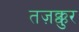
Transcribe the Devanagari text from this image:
तज़क्कुर